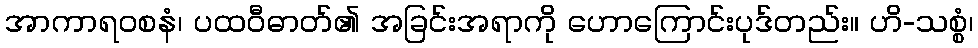
အာကာရဝစနံ၊ ပထဝီဓာတ်၏ အခြင်းအရာကို ဟောကြောင်းပုဒ်တည်း။ ဟိ-သစ္စံ၊